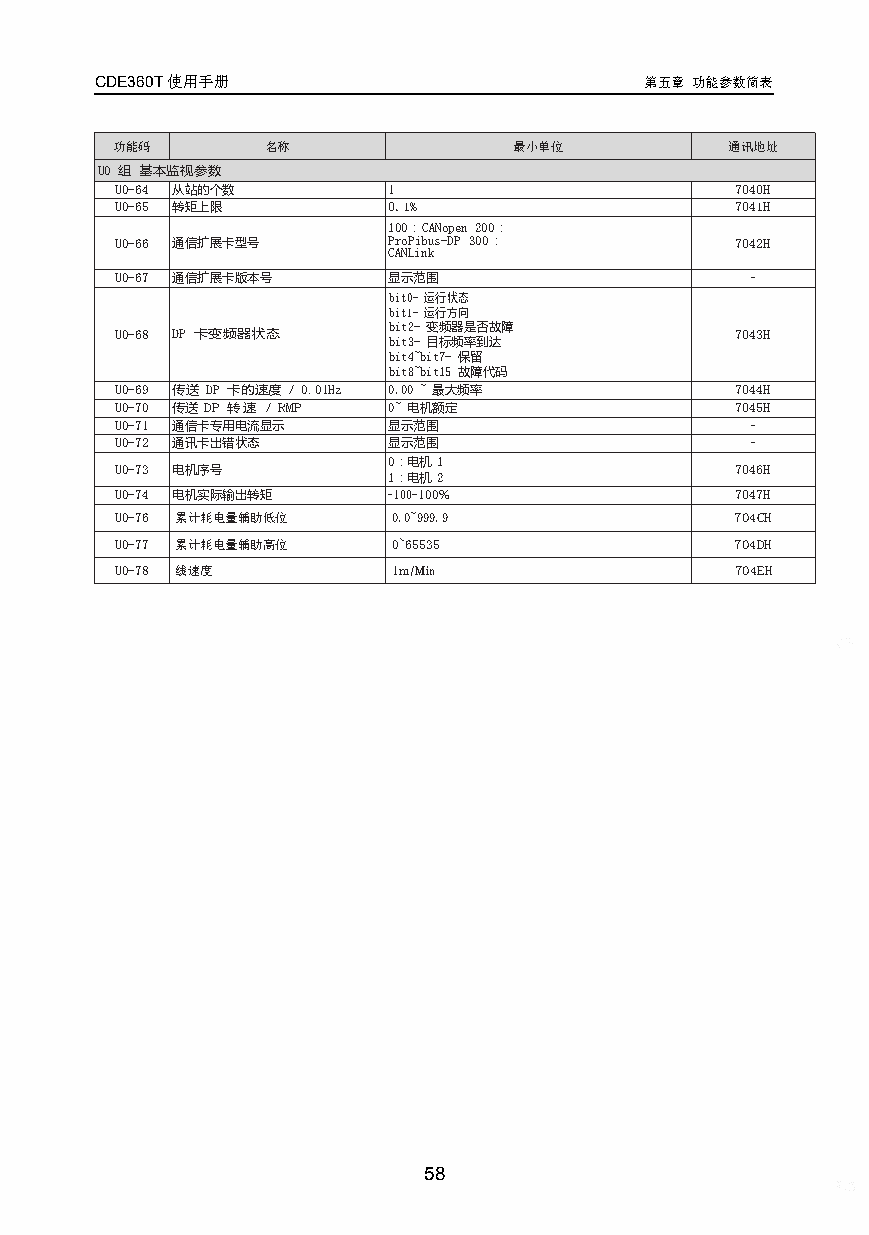
CDE360T使用手册                          第五章 功能参数简表
 功能码        名称              最小单位          通讯地址
 U0 组 基本监视参数
 U0-64 从站的个数       1                      7040H
 U0-65 转矩上限        0.1%                   7041H
 100：CANopen 200：
 U0-66 通信扩展卡型号     ProPibus-DP 300：       7042H
 CANLink
 U0-67 通信扩展卡版本号    显示范围                    -
 bit0-运行状态
 bit1-运行方向
 U0-68 DP 卡变频器状态   b bi it t2 3- -变 目频 标器 频是 率否 到故 达障 7043H
 bit4~bit7-保留
 bit8~bit15故障代码
 U0-69 传送 DP 卡的速度 /0.01Hz 0.00~最大频率       7044H
 U0-70 传送DP 转速 /RMP 0~电机额定                7045H
 U0-71 通信卡专用电流显示   显示范围                    -
 U0-72 通讯卡出错状态     显示范围                    -
 0：电机1
 U0-73 电机序号                               7046H
 1：电机2
 U0-74 电机实际输出转矩    -100-100%              7047H
 U0-76 累计耗电量辅助低位   0.0~999.9              704CH
 U0-77 累计耗电量辅助高位   0~65535                704DH
 U0-78 线速度         1m/Min                 704EH
 58